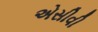
એસીવી